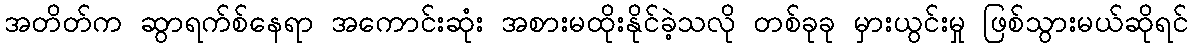
အတိတ်က ဆွာရက်စ်နေရာ အကောင်းဆုံး အစားမထိုးနိုင်ခဲ့သလို တစ်ခုခု မှားယွင်းမှု ဖြစ်သွားမယ်ဆိုရင်